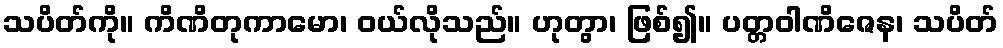
သပိတ်ကို။ ကိဏိတုကာမော၊ ဝယ်လိုသည်။ ဟုတွာ၊ ဖြစ်၍။ ပတ္တဝါဏိဇေန၊ သပိတ်